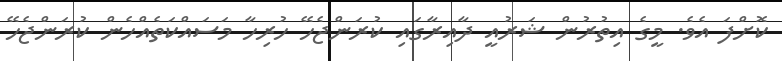
ކޮށްފަ އެވެ. މީގެ އިތުރުން ޝަރުއީ ދާއިރާގައި ކުރަންޖެހޭ ހުރިހާ މަސައްކަތެއްހެން ކުރަންޖެހޭ